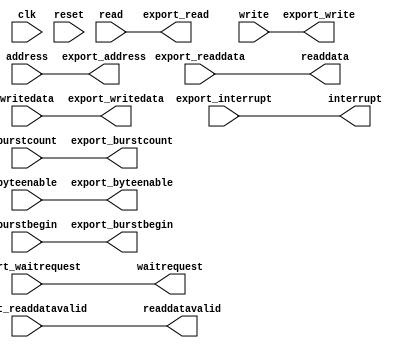
module export_master (
    clk,
    reset,

    address,
    read,
    readdata,
    readdatavalid,
    write,
    writedata,
    burstcount,
    byteenable,
    waitrequest,
    burstbegin,

    export_address,
    export_read,
    export_readdata,
    export_readdatavalid,
    export_write,
    export_writedata,
    export_burstcount,
    export_burstbegin,
    export_byteenable,
    export_waitrequest,

    interrupt,
    export_interrupt
);

parameter NUM_BYTES = 4;
parameter BYTE_ADDRESS_WIDTH = 32;
parameter WORD_ADDRESS_WIDTH = 32;
parameter BURSTCOUNT_WIDTH = 1;
localparam DATA_WIDTH = NUM_BYTES * 8;
localparam ADDRESS_SHIFT = BYTE_ADDRESS_WIDTH - WORD_ADDRESS_WIDTH;

input clk;
input reset;

input [WORD_ADDRESS_WIDTH-1:0] address;
input read;
output [DATA_WIDTH-1:0] readdata;
output readdatavalid;
input write;
input [DATA_WIDTH-1:0] writedata;
input [BURSTCOUNT_WIDTH-1:0] burstcount;
input burstbegin;
input [NUM_BYTES-1:0] byteenable;
output waitrequest;
output interrupt;

output [BYTE_ADDRESS_WIDTH-1:0] export_address;
output export_read;
input [DATA_WIDTH-1:0] export_readdata;
input export_readdatavalid;
output export_write;
output [DATA_WIDTH-1:0] export_writedata;
output [BURSTCOUNT_WIDTH-1:0] export_burstcount;
output export_burstbegin;
output [NUM_BYTES-1:0] export_byteenable;
input export_waitrequest;
input export_interrupt;

assign export_address = address << ADDRESS_SHIFT;
assign export_read = read;
assign readdata = export_readdata;
assign readdatavalid = export_readdatavalid;
assign export_write = write;
assign export_writedata = writedata;
assign export_burstcount = burstcount;
assign export_burstbegin = burstbegin;
assign export_byteenable = byteenable;
assign interrupt = export_interrupt;
assign waitrequest = export_waitrequest;

endmodule